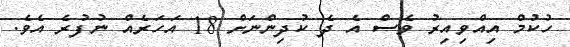
ހުކުމް އިއްވިއިރު ވެސް އެ ދެ ކުދިންނަށް 18 އަހަރެއް ނުފުރެ އެވެ.